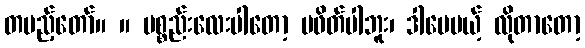
တပည့်တော်။ ။ ပစ္စည်းလေးပါတော့ မဖိတ်ပါဘူး၊ ဒါပေမယ့် လိုတာတော့